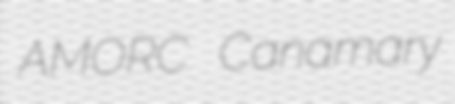
AMORC Canamary